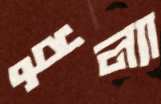
ধুল্যা